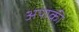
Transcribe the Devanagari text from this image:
अपाकी